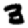
Digit: 3